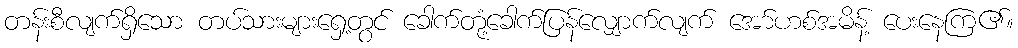
တန်းစီလျက်ရှိသော တပ်သားများရှေ့တွင် ခေါက်တုံ့ခေါက်ပြန်လျှောက်လျက် အော်ဟစ်အမိန့် ပေးနေကြ၏။